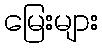
မြေးများ